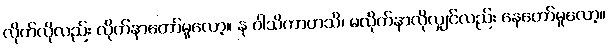
လိုက်လိုလည်း လိုက်နာတော်မူလော့။ န ဝါသိကာဟသိ၊ မလိုက်နာလိုလျှင်လည်း နေတော်မူလော့။